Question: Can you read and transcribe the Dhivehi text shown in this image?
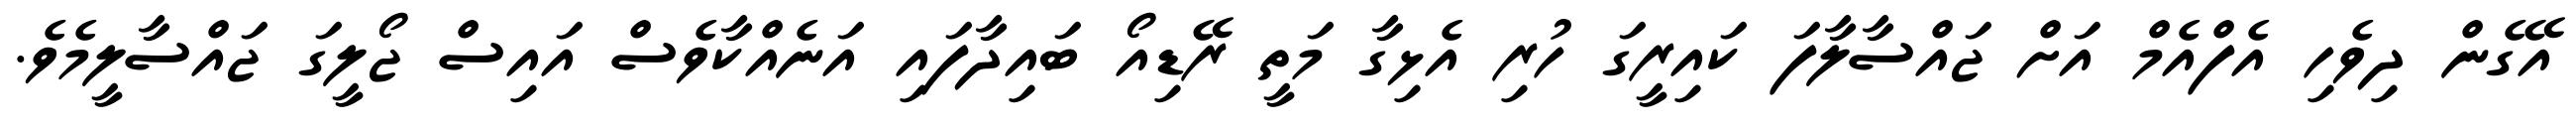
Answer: އޭގެން ދިވެހި އެފްއެމް އަށް ޖައްސާލާފަ ކައިރީގަ ހުރި އެޅިގާ މަތީ ރޭޑިއޯ ބައިދާފައި އަނެއްކާވެސް އައިސް ޖޯލީގަ ޖައްސާލީމެވެ.